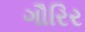
ગૌરિર